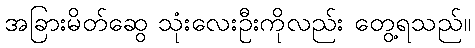
အခြားမိတ်ဆွေ သုံးလေးဦးကိုလည်း တွေ့ရသည်။